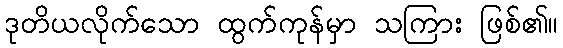
ဒုတိယလိုက်သော ထွက်ကုန်မှာ သကြား ဖြစ်၏။